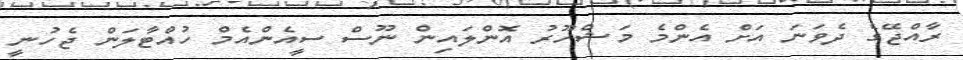
ރާއްޖޭގެ ދެވަނަ އަށް އެންމެ މަޝްހޫރު އޮންލައިން ނޫސް ސީއެންއެމް ހުއްޓާލަން ޖެހުނީ